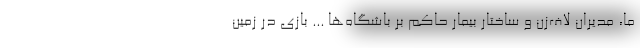
ما، مدیران لاف‌زن و ساختار بیمار حاکم بر باشگاه‌ها ... بازی در زمین